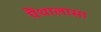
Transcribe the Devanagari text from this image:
पैंथालासा